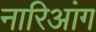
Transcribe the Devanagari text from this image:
नारिआंग